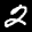
Label: 2